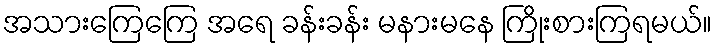
အသားကြေကြေ အရေ ခန်းခန်း မနားမနေ ကြိုးစားကြရမယ်။